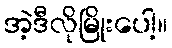
အဲ့ဒီလိုမြိုးပေါ့။